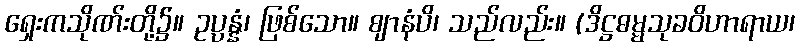
ရှေးကသိုဏ်းတို့၌။ ဥပ္ပန္နံ၊ ဖြစ်သော။ ဈာနံပိ၊ သည်လည်း။ (ဒိဋ္ဌဓမ္မသုခဝိဟာရာယ၊